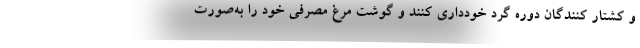
و کشتار کنندگان دوره گرد خودداری کنند و گوشت مرغ مصرفی خود را به‌صورت